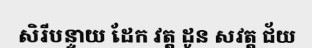
សិរីបន្ទាយ ដែក វត្ត ដូន សវត្ត ជ័យ